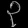
Digit: ၃